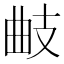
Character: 𢻅